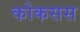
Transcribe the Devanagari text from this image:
कोकसस